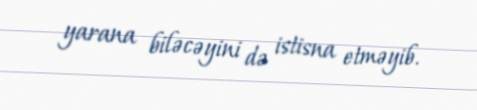
yarana biləcəyini də istisna etməyib.